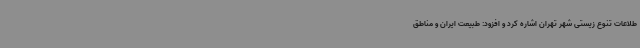
طلاعات تنوع زیستی شهر تهران اشاره کرد و افزود: طبیعت ایران و مناطق